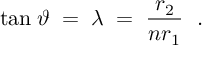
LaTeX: \mathrm { t a n } \; \vartheta \; = \; \lambda \; = \; { \frac { r _ { 2 } } { n r _ { 1 } } } \ \; .